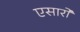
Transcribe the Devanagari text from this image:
एसारों